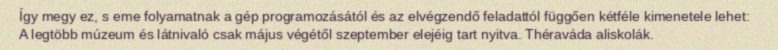
Így megy ez, s eme folyamatnak a gép programozásától és az elvégzendő feladattól függően kétféle kimenetele lehet: A legtöbb múzeum és látnivaló csak május végétől szeptember elejéig tart nyitva. Théraváda aliskolák.